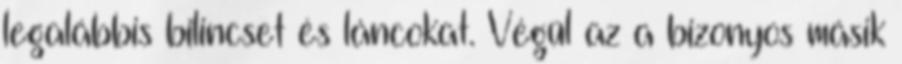
legalábbis bilincset és láncokat. Végül az a bizonyos másik